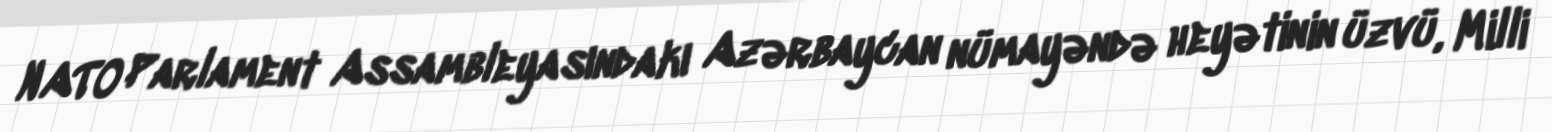
NATO Parlament Assambleyasındakı Azərbaycan nümayəndə heyətinin üzvü, Milli